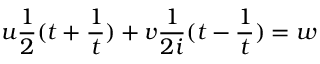
u { \frac { 1 } { 2 } } ( t + { \frac { 1 } { t } } ) + v { \frac { 1 } { 2 i } } ( t - { \frac { 1 } { t } } ) = w